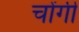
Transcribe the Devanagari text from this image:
चोंगी